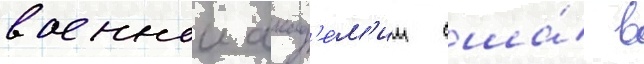
военнои акад'е́м'ии сша́ в